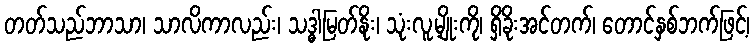
တတ်သည်ဘာသာ၊ သာလိကာလည်း၊ သဒ္ဓါမြတ်နိုး၊ သုံးလူ့မျိုးကို၊ ရှိခိုးအင်တက်၊ တောင်နှစ်ဘက်ဖြင့်၊